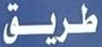
طريق